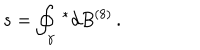
s = \oint _ { \gamma } \, ^ { * } d B ^ { ( 8 ) } \, .